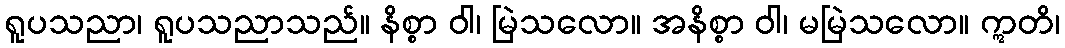
ရူပသညာ၊ ရူပသညာသည်။ နိစ္စာ ဝါ၊ မြဲသလော။ အနိစ္စာ ဝါ၊ မမြဲသလော။ ဣတိ၊